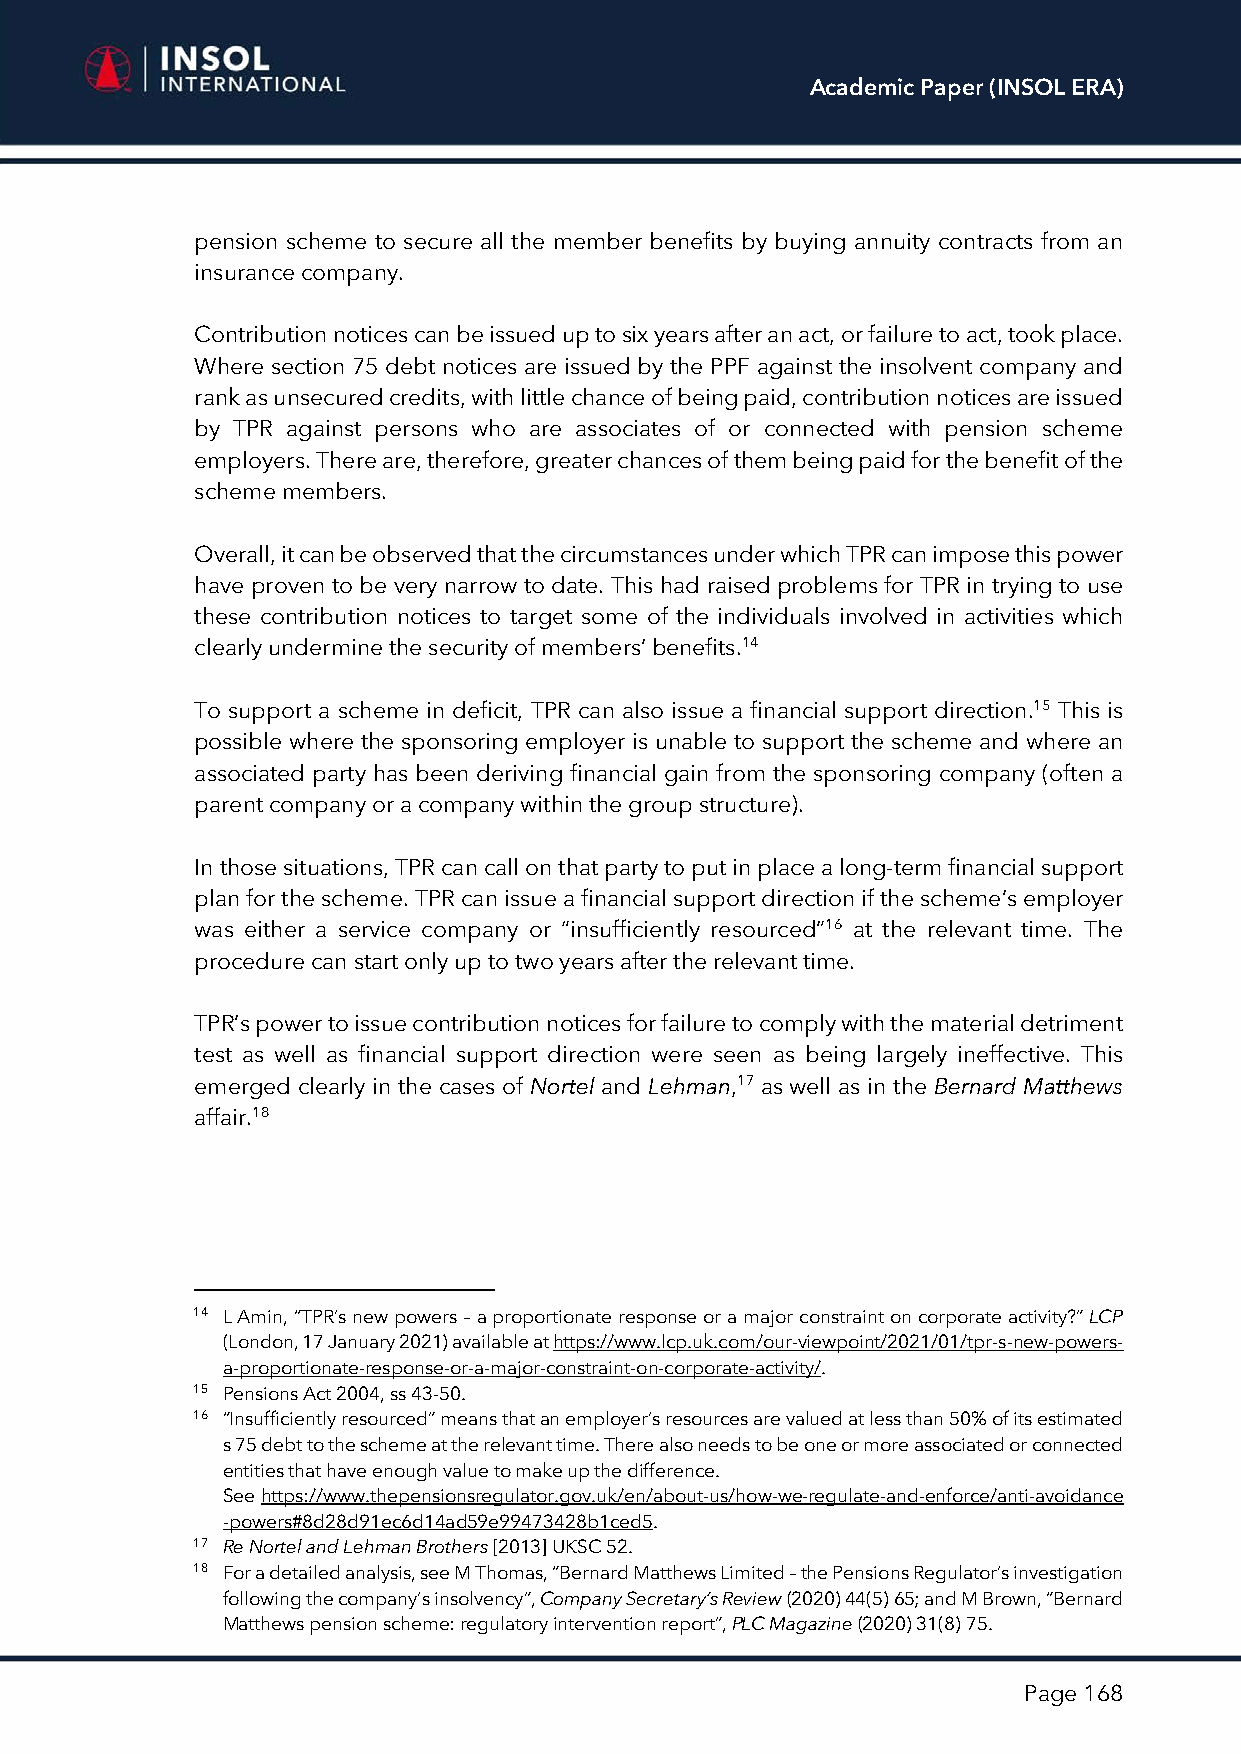
Academic Paper (INSOL ERA)
 pension scheme to secure all the member benefits by buying annuity contracts from an
 insurance company.
 Contribution notices can be issued up to six years after an act, or failure to act, took place.
 Where section 75 debt notices are issued by the PPF against the insolvent company and
 rank as unsecured credits, with little chance of being paid, contribution notices are issued
 by TPR against persons who are associates of or connected with pension scheme
 employers. There are, therefore, greater chances of them being paid for the benefit of the
 scheme members.
 Overall, it can be observed that the circumstances under which TPR can impose this power
 have proven to be very narrow to date. This had raised problems for TPR in trying to use
 these contribution notices to target some of the individuals involved in activities which
 clearly undermine the security of members’ benefits.14
 To support a scheme in deficit, TPR can also issue a financial support direction.15 This is
 possible where the sponsoring employer is unable to support the scheme and where an
 associated party has been deriving financial gain from the sponsoring company (often a
 parent company or a company within the group structure).
 In those situations, TPR can call on that party to put in place a long-term financial support
 plan for the scheme. TPR can issue a financial support direction if the scheme’s employer
 was either a service company or “insufficiently resourced”16 at the relevant time. The
 procedure can start only up to two years after the relevant time.
 TPR’s power to issue contribution notices for failure to comply with the material detriment
 test as well as financial support direction were seen as being largely ineffective. This
 emerged clearly in the cases of Nortel and Lehman,17 as well as in the Bernard Matthews
 affair.18
 14 L Amin, “TPR’s new powers – a proportionate response or a major constraint on corporate activity?” LCP
 (London, 17 January 2021) available at https://www.lcp.uk.com/our-viewpoint/2021/01/tpr-s-new-powers-
 a-proportionate-response-or-a-major-constraint-on-corporate-activity/.
 15 Pensions Act 2004, ss 43-50.
 16 “Insufficiently resourced” means that an employer’s resources are valued at less than 50% of its estimated
 s 75 debt to the scheme at the relevant time. There also needs to be one or more associated or connected
 entities that have enough value to make up the difference.
 See https://www.thepensionsregulator.gov.uk/en/about-us/how-we-regulate-and-enforce/anti-avoidance
 -powers#8d28d91ec6d14ad59e99473428b1ced5.
 17 Re Nortel and Lehman Brothers [2013] UKSC 52.
 18 For a detailed analysis, see M Thomas, “Bernard Matthews Limited – the Pensions Regulator’s investigation
 following the company’s insolvency”, Company Secretary’s Review (2020) 44(5) 65; and M Brown, “Bernard
 Matthews pension scheme: regulatory intervention report”, PLC Magazine (2020) 31(8) 75.
 Page 168